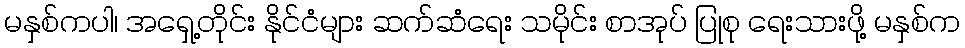
မနှစ်ကပါ၊ အရှေ့တိုင်း နိုင်ငံများ ဆက်ဆံရေး သမိုင်း စာအုပ် ပြုစု ရေးသားဖို့ မနှစ်က